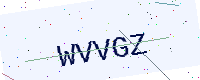
Text: WVVGZ